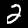
Digit: 2